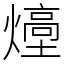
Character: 㸀